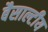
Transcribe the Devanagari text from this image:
बैसाल्टीय